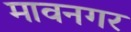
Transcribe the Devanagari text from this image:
मावनगर